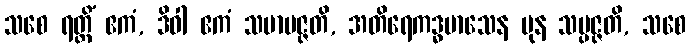
သစေ ရတ္တိံ ဧကံ, ဒိဝါ ဧကံ သမာပဇ္ဇတိ, အတိရေကဒ္ဓမာသေန ပုန သမ္ပဇ္ဇတိ, သစေ